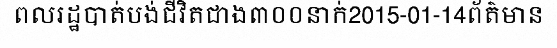
ពលរដ្ឋបាត់បង់ជីវិតជាង៣០០នាក់2015-01-14ព័ត៌មាន